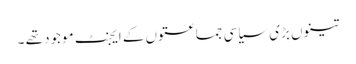
تینوں بڑی سیاسی جماعتوں کے ایجنٹ موجود تھے ۔